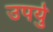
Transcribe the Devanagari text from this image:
उपर्यु